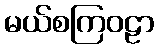
မယ်စကြဝဠာ